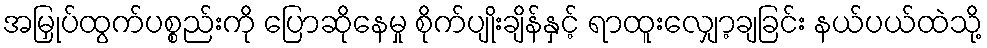
အမြှုပ်ထွက်ပစ္စည်းကို ပြောဆိုနေမှု စိုက်ပျိုးချိန်နှင့် ရာထူးလျှော့ချခြင်း နယ်ပယ်ထဲသို့